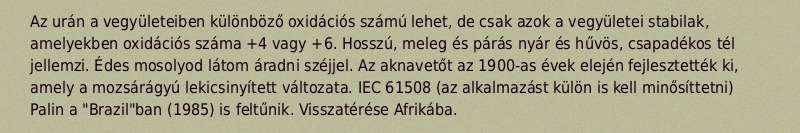
Az urán a vegyületeiben különböző oxidációs számú lehet, de csak azok a vegyületei stabilak, amelyekben oxidációs száma +4 vagy +6. Hosszú, meleg és párás nyár és hűvös, csapadékos tél jellemzi. Édes mosolyod látom áradni széjjel. Az aknavetőt az 1900-as évek elején fejlesztették ki, amely a mozsárágyú lekicsinyített változata. IEC 61508 (az alkalmazást külön is kell minősíttetni) Palin a "Brazil"ban (1985) is feltűnik. Visszatérése Afrikába.